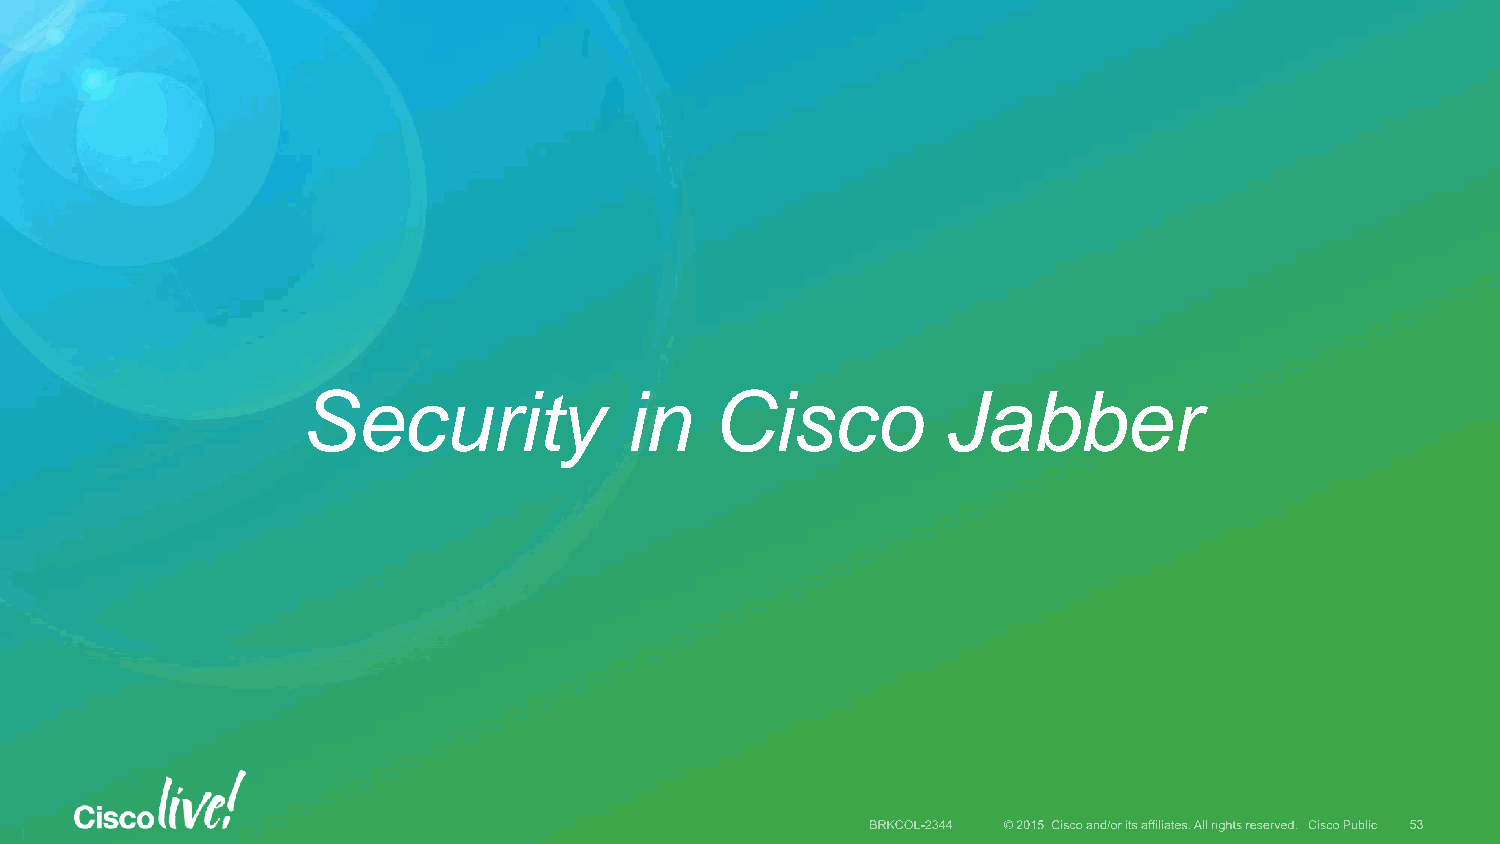
Security             in    Cisco           Jabber